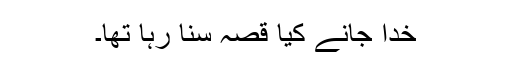
خدا جانے کیا قصہ سنا رہا تھا۔